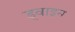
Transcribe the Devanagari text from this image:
ड्वाइन